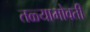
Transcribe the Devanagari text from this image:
तळ्याभोवती